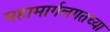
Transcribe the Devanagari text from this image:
महामार्गलगतच्या